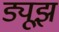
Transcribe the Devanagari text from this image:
ड्यूझ